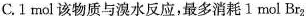
C.1moI该物质与溴水反应，最多消耗1mol Br_{2}